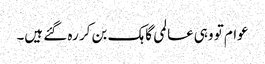
عوام تو وہی عالمی گاہک بن کر رہ گئے ہیں۔